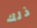
ذلك